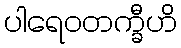
ပါရေဝတက္ခီဟိ